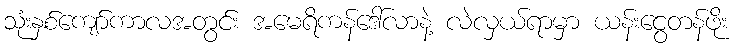
သုံးနှစ်ကျော်ကာလအတွင်း အမေရိကန်ဒေါ်လာနဲ့ လဲလှယ်ရာမှာ ယန်းငွေတန်ဖိုး